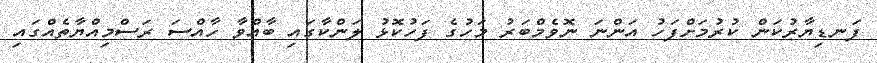
ފަނޑިޔާރުކަން ކުރުމަށްފަހު އަންނަ ނޮވެމްބަރު މަހުގެ ފަހުކޮޅު ލަންކާގައި ބާއްވާ ހާއްސަ ރަސްމިއްޔާތެއްގައި